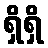
ရှိရှိ